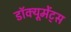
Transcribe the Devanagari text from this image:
डॉक्यूमेंट्स